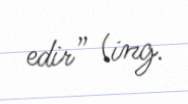
edir” (ing.